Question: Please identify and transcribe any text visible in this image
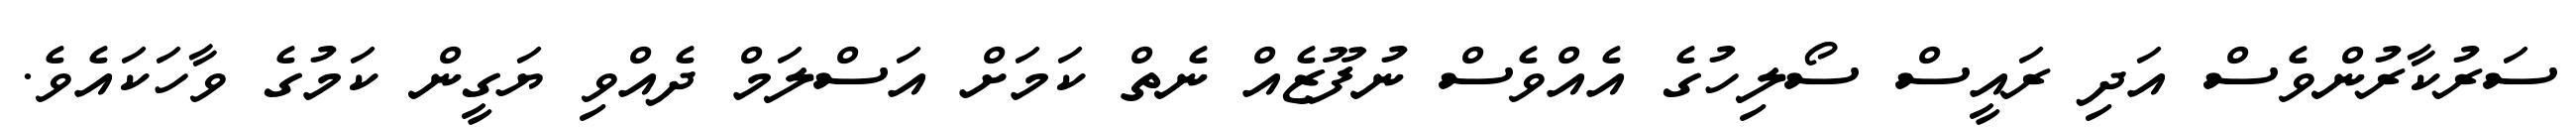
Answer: ސަރުކާރުންވެސް އަދި ރައީސް ސޯލިހުގެ އެއްވެސް ނުފޫޒެއް ނެތް ކަމަށް އަސްލަމް ދެއްވި ޔަގީން ކަމުގެ ވާހަކައެވެ.